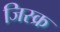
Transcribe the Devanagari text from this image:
जिस्क्र